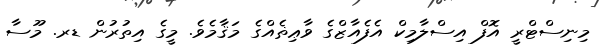
މިނިސްޓްރީ އޮފް އިސްލާމިކް އެފެއާޒްގެ ވާޢިޡެއްގެ މަޤާމެވެ. މީގެ އިތުރުން ޑރ. މޫސާ